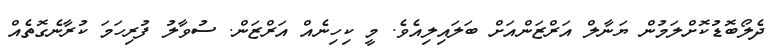
ދެލޯބޮޑުކޮށްލަމުން ޔަނާލް އަރްޒަންއަށް ބަލައިލިއެވެ. މީ ކިހިނެއް އަރްޒަން. ސުވާލު ފުރިހަމަ ކުރާނެގޮތެއް